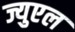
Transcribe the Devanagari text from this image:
ज्युएल